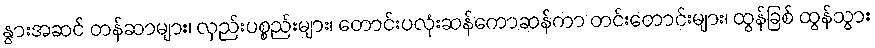
နွားအဆင် တန်ဆာများ၊ လှည်းပစ္စည်းများ၊ တောင်းပလုံးဆန်ကောဆန်ကာ တင်းတောင်းများ၊ ထွန်ခြစ် ထွန်သွား